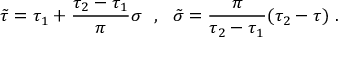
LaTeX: \tilde { \tau } = \tau _ { 1 } + \frac { \tau _ { 2 } - \tau _ { 1 } } { \pi } \sigma \ \ , \ \ \tilde { \sigma } = \frac { \pi } { \tau _ { 2 } - \tau _ { 1 } } ( \tau _ { 2 } - \tau ) \ .